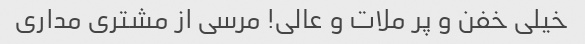
خیلی خفن و پر ملات و عالی! مرسی از مشتری مداری